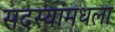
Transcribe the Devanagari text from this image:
सदस्यांमधला